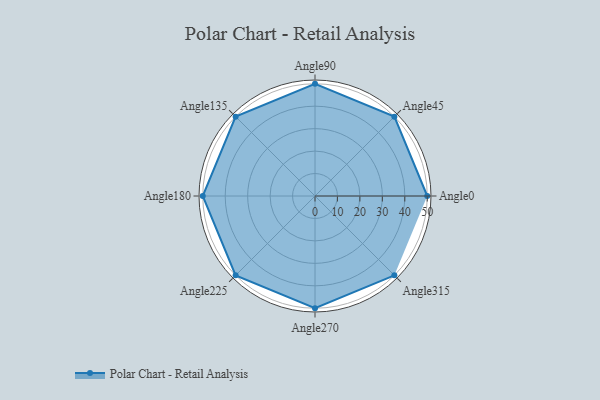
{"axis": {"x": "Angle", "y": "Radius"}, "legend": [""], "data": [{"x": "Angle0", "y": 50, "type": ""}, {"x": "Angle45", "y": 50, "type": ""}, {"x": "Angle90", "y": 50, "type": ""}, {"x": "Angle135", "y": 50, "type": ""}, {"x": "Angle180", "y": 50, "type": ""}, {"x": "Angle225", "y": 50, "type": ""}, {"x": "Angle270", "y": 50, "type": ""}, {"x": "Angle315", "y": 50, "type": ""}]}